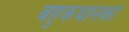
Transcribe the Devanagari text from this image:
बहुकथानकों